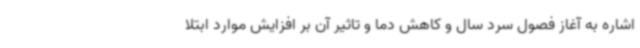
اشاره به آغاز فصول سرد سال و کاهش دما و تاثیر آن بر افزایش موارد ابتلا